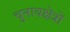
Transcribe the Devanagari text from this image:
चुनावक्षेत्रों